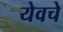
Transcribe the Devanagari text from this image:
येवचे